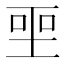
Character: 𪡅